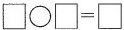
$$\Box \bigcirc \Box = \Box$$